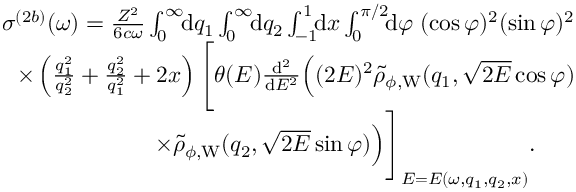
\begin{array} { r } { \sigma ^ { ( 2 b ) } ( \omega ) = \frac { Z ^ { 2 } } { 6 c \omega } \int _ { 0 } ^ { \infty } \! \! \ensuremath { \mathrm { d } } q _ { 1 } \int _ { 0 } ^ { \infty } \! \! \ensuremath { \mathrm { d } } q _ { 2 } \int _ { - 1 } ^ { 1 } \! \! \ensuremath { \mathrm { d } } x \int _ { 0 } ^ { \pi / 2 } \! \! \ensuremath { \mathrm { d } } \varphi \; ( \cos \varphi ) ^ { 2 } ( \sin \varphi ) ^ { 2 } } \\ { \times \left( \frac { q _ { 1 } ^ { 2 } } { q _ { 2 } ^ { 2 } } + \frac { q _ { 2 } ^ { 2 } } { q _ { 1 } ^ { 2 } } + 2 x \right) \Biggl [ \theta ( E ) \frac { \ensuremath { \mathrm { d } } ^ { 2 } } { \ensuremath { \mathrm { d } } E ^ { 2 } } \Bigl ( ( 2 E ) ^ { 2 } \tilde { \rho } _ { \phi , \mathrm { W } } ( q _ { 1 } , \sqrt { 2 E } \cos \varphi ) } \\ { \times \tilde { \rho } _ { \phi , \mathrm { W } } ( q _ { 2 } , \sqrt { 2 E } \sin \varphi ) \Bigl ) \Biggl ] _ { E = E ( \omega , q _ { 1 } , q _ { 2 } , x ) } . \; \; \; \; \; \; } \end{array}